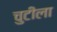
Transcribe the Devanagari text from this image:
चुटीला